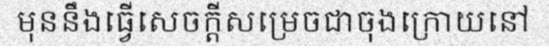
មុននឹងធ្វើសេចក្តីសម្រេចជាចុងក្រោយនៅ